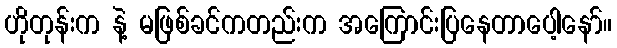
ဟိုတုန်းက နဲ့ မဖြစ်ခင်ကတည်းက အကြောင်းပြနေတာပေါ့နော်။